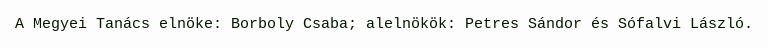
A Megyei Tanács elnöke: Borboly Csaba; alelnökök: Petres Sándor és Sófalvi László.